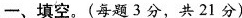
一、填空。(每题3分，共21分)